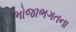
ભોજાભગતના